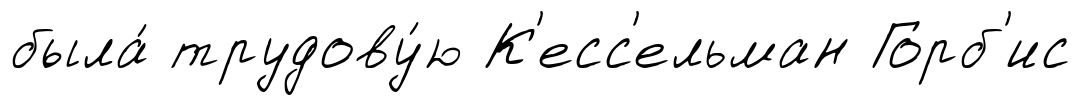
была́ трудову́ю К'есс'ельман Горб'ис